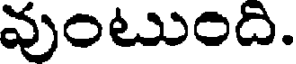
వుంటుంది.